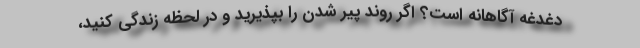
دغدغه آگاهانه است؟ اگر روند پیر شدن را بپذیرید و در لحظه زندگی کنید،